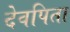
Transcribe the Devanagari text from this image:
देवपिता